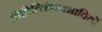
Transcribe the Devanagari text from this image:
विप्रित्लिंग्स्वभावियों